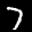
Label: 7